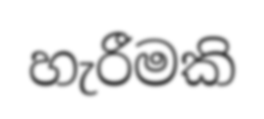
හැරීමකි